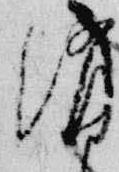
消